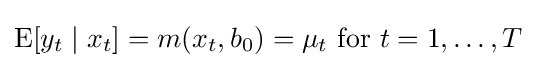
\operatorname {E} [y_{t}\mid x_{t}]=m(x_{t},b_{0})=\mu _{t}{\text{ for }}t=1,\ldots ,T